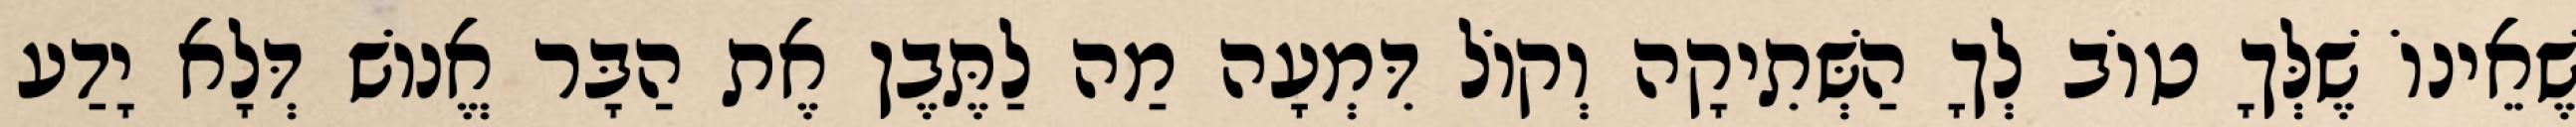
שֶׁאֵינוֹ שֶׁלְּךָ טוֹב לְךָ הַשְּׁתִיקָה וְקוֹל דִּמְעָה מַה לַתֶּבֶן אֶת הַבָּר אֱנוֹשׁ דְּלָא יָדַע